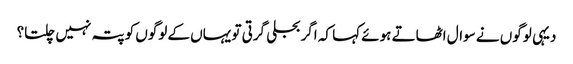
دیہی لوگوں نے سوال اٹھاتے ہوئے کہا کہ اگر بجلی گرتی تو یہاں کے لوگوں کو پتہ نہیں چلتا؟